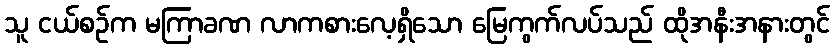
သူ ငယ်စဉ်က မကြာခဏ လာကစားလေ့ရှိသော မြေကွက်လပ်သည် ထိုအနီးအနားတွင်